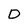
Character: D